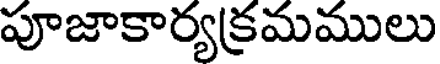
పూజాకార్యక్రమములు